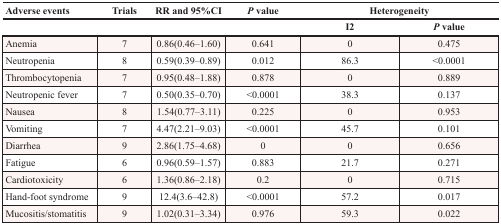
<table><thead><tr><td><b>Adverse events</b></td><td><b>Trials</b></td><td><b>RR and 95%CI</b></td><td><b><i>P</i> value</b></td><td colspan="2"><b>Heterogeneity</b></td></tr><tr><td></td><td></td><td></td><td></td><td><b>I2</b></td><td><b><i>P</i> value</b></td></tr></thead><tbody><tr><td>Anemia</td><td>7</td><td>0.86(0.46–1.60)</td><td>0.641</td><td>0</td><td>0.475</td></tr><tr><td>Neutropenia</td><td>8</td><td>0.59(0.39–0.89)</td><td>0.012</td><td>86.3</td><td>&lt;0.0001</td></tr><tr><td>Thrombocytopenia</td><td>7</td><td>0.95(0.48–1.88)</td><td>0.878</td><td>0</td><td>0.889</td></tr><tr><td>Neutropenic fever</td><td>7</td><td>0.50(0.35–0.70)</td><td>&lt;0.0001</td><td>38.3</td><td>0.137</td></tr><tr><td>Nausea</td><td>8</td><td>1.54(0.77–3.11)</td><td>0.225</td><td>0</td><td>0.953</td></tr><tr><td>Vomiting</td><td>7</td><td>4.47(2.21–9.03)</td><td>&lt;0.0001</td><td>45.7</td><td>0.101</td></tr><tr><td>Diarrhea</td><td>9</td><td>2.86(1.75–4.68)</td><td>0</td><td>0</td><td>0.656</td></tr><tr><td>Fatigue</td><td>6</td><td>0.96(0.59–1.57)</td><td>0.883</td><td>21.7</td><td>0.271</td></tr><tr><td>Cardiotoxicity</td><td>6</td><td>1.36(0.86–2.18)</td><td>0.2</td><td>0</td><td>0.715</td></tr><tr><td>Hand-foot syndrome</td><td>9</td><td>12.4(3.6–42.8)</td><td>&lt;0.0001</td><td>57.2</td><td>0.017</td></tr><tr><td>Mucositis/stomatitis</td><td>9</td><td>1.02(0.31–3.34)</td><td>0.976</td><td>59.3</td><td>0.022</td></tr></tbody></table>